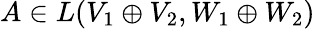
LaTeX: A\in L(V_{1}\oplus V_{2},W_{1}\oplus W_{2})